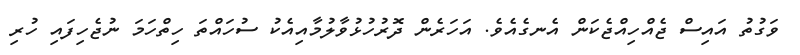
ވަގުތު އައިސް ޖެއްހިއްޖެކަން އެނގެއެވެ. އަހަރެން ދޮރުހުޅުވާލުމާއިއެކު ސުހައްތަ ހިތްހަމަ ނުޖެހިފައި ހުރި